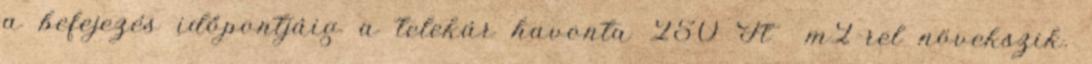
a befejezés időpontjáig a telekár havonta 250 Ft m2-rel növekszik.